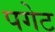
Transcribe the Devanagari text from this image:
पगेट